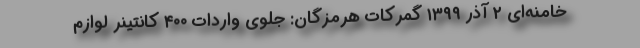
خامنه‌ای ۲ آذر ۱۳۹۹ گمرکات هرمزگان: جلوی واردات ۴۰۰ کانتینر لوازم